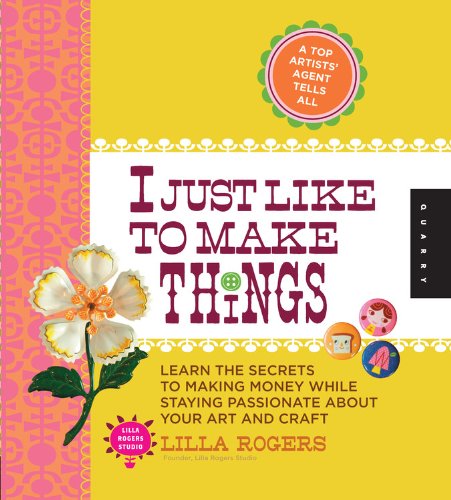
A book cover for I Just Like to Make Things: Learn the Secrets to Making Money while Staying Passionate about your Art and Craft; Lilla Rogers; Arts & Photography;